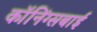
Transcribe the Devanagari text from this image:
कॉनिंग्सबाई